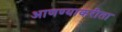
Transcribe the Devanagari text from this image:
आणण्याकरीता